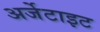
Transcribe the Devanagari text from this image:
अर्जेटाइट